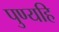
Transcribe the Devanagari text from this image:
पुण्यहि